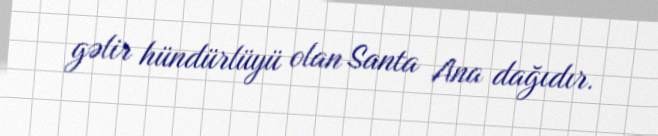
gəlir hündürlüyü olan Santa Ana dağıdır.